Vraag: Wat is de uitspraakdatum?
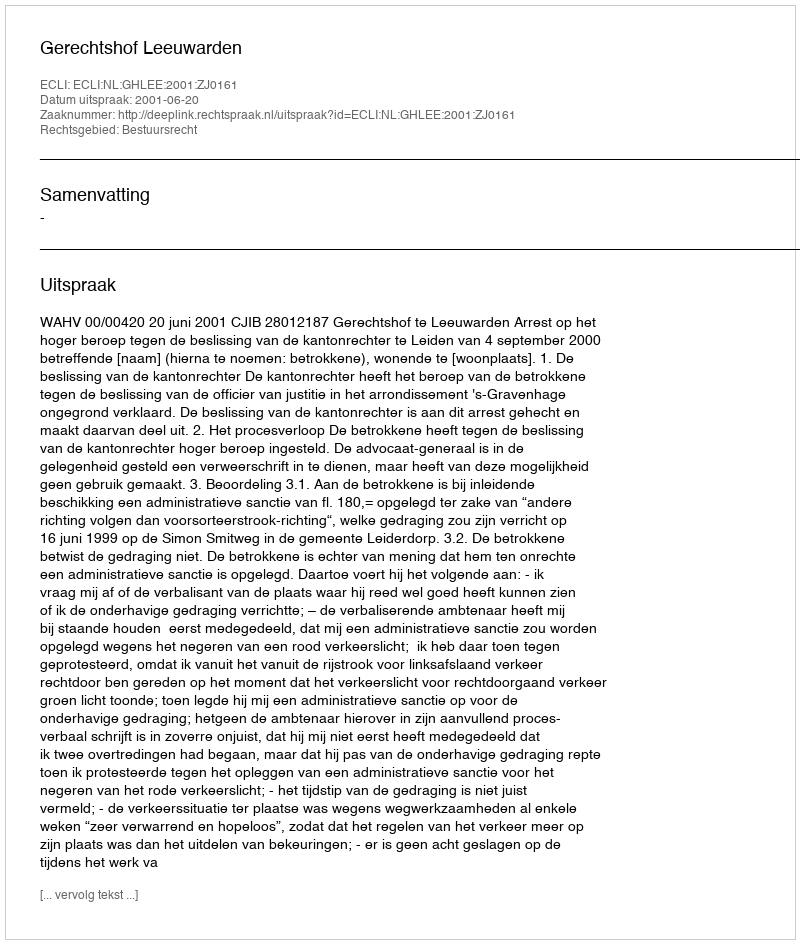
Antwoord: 2001-06-20